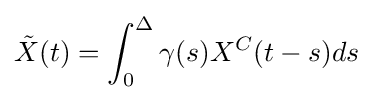
{\tilde {X}}(t)=\int _{0}^{\Delta }\gamma (s)X^{C}(t-s)ds